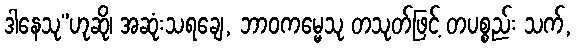
ဒါနေသု”ဟုဆို၊ အဆုံးသရချေ, ဘာဝကမ္မေသု တသုတ်ဖြင့် တပစ္စည်း သက်,